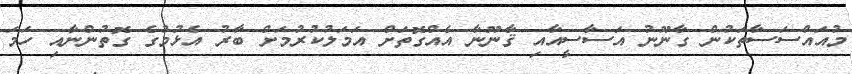
މުއައްސަސާތަކުން ގާނޫނު އަސާސީއާއި ޤާނޫނާ އެއްގޮތަށް އަމަލުކުރުމަށް ބާރު އެޅުމުގެ ގޮތުންނާއި ހަމަ